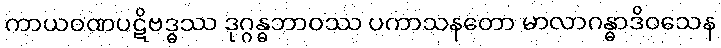
ကာယဝဏပဋိဗဒ္ဓဿ ဒုဂ္ဂန္ဓဘာဝဿ ပကာသနတော မာလာဂန္ဓာဒိဝသေန